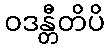
ဝဒန္တီတိပိ